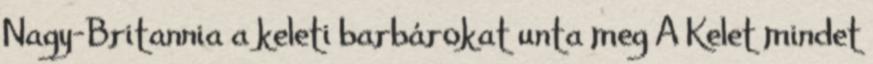
Nagy-Britannia a keleti barbárokat unta meg A Kelet mindet